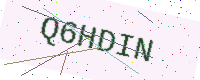
Text: Q6HDIN